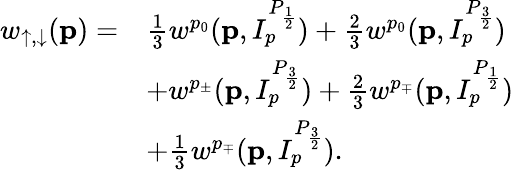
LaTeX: \begin{array}{rl}{w_{\uparrow,\downarrow}(\mathbf{p})=}&{\frac{1}{3}w^{p_{0}}(\mathbf{p},I_{p}^{P_{\frac{1}{2}}})+\frac{2}{3}w^{p_{0}}(\mathbf{p},I_{p}^{P_{\frac{3}{2}}})}\\ &{+w^{p_{\pm}}(\mathbf{p},I_{p}^{P_{\frac{3}{2}}})+\frac{2}{3}w^{p_{\mp}}(\mathbf{p},I_{p}^{P_{\frac{1}{2}}})}\\ &{+\frac{1}{3}w^{p_{\mp}}(\mathbf{p},I_{p}^{P_{\frac{3}{2}}}).}\end{array}